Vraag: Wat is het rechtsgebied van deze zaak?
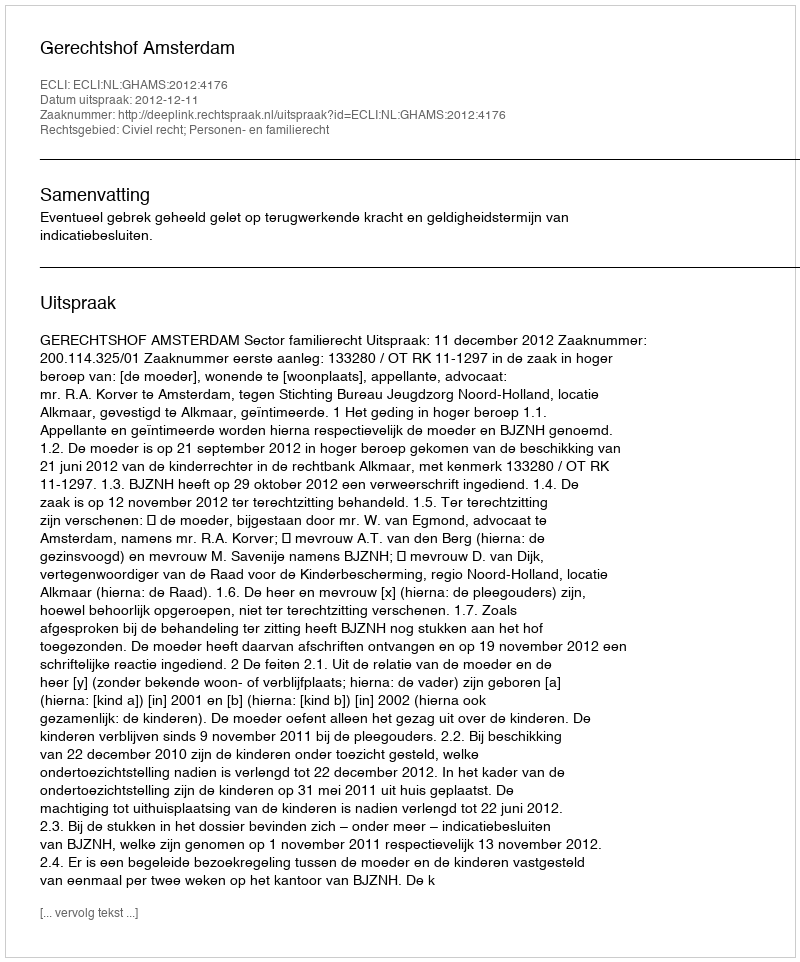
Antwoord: Civiel recht; Personen- en familierecht